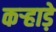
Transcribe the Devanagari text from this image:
कऱ्हाड़े